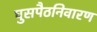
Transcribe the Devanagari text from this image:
घुसपैठनिवारण